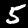
Digit: 5